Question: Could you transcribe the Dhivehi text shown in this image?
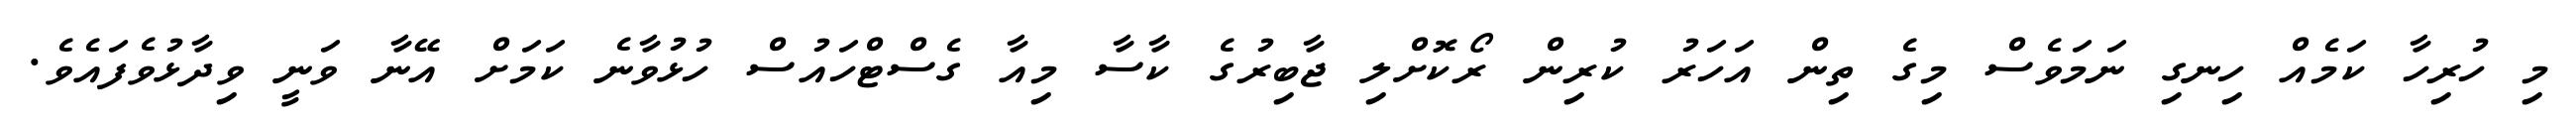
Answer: މި ހުރިހާ ކަމެއް ހިނގި ނަމަވެސް މިގެ ތިން އަހަރު ކުރިން ރޯކޮށްލި ޖާބިރުގެ ކާސާ މިއާ ގެސްޓްހައުސް ހުޅުވާނެ ކަމަށް އޭނާ ވަނީ ވިދާޅުވެފައެވެ.